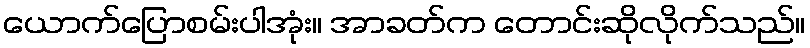
ယောက်ပြောစမ်းပါအုံး။ အာခတ်က တောင်းဆိုလိုက်သည်။